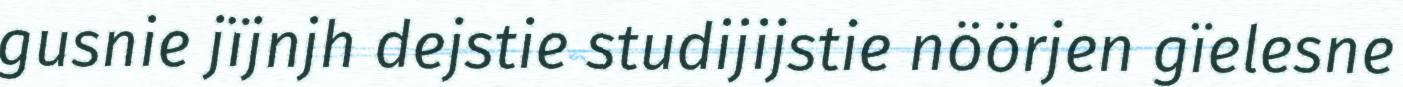
gusnie jïjnjh dejstie studijijstie nöörjen gïelesne